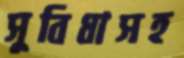
সুবিধাসহ